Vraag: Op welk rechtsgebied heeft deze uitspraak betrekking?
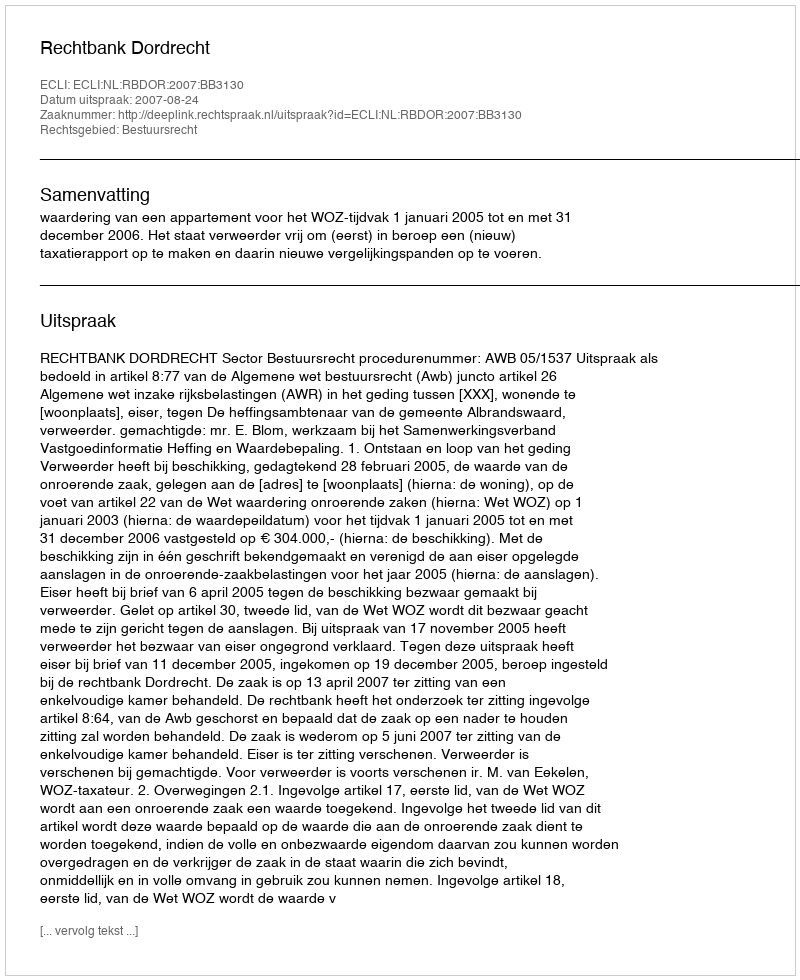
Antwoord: Bestuursrecht